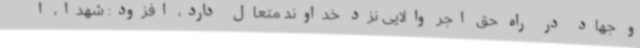
و جهاد در راه حق اجر والایی نزد خداوند متعال دارد، افزود: شهدا، ا